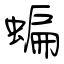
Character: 蝙